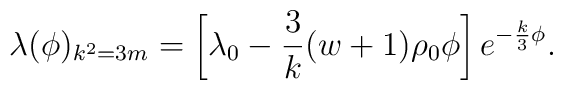
\lambda(\phi)_{k^2=3m}=\left[\lambda_{0}-{3\over k}(w+1)\rho_{0}\phi\right]e^{-{k\over 3}\phi}.